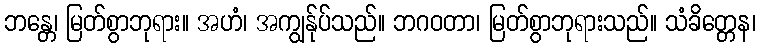
ဘန္တေ၊ မြတ်စွာဘုရား။ အဟံ၊ အကျွန်ုပ်သည်။ ဘဂဝတာ၊ မြတ်စွာဘုရားသည်။ သံခိတ္တေန၊